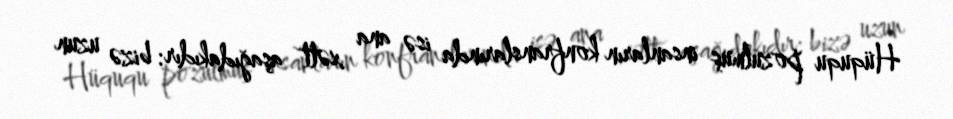
Hüququ pozulmuş insanların konfranslarında isə ana xətt aşağıdakıdır: bizə uzun